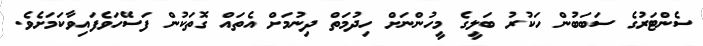
ސެންޓަރުގެ ސަބަބުން ހަކުރު ބަލީގެ މީހުންނަށް ހިދުމަތް ދިނުމަށް އެތައް ގޮތަކުން ފަސޭހަވެފައިވާކަމަށެވެ.